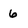
Character: 6